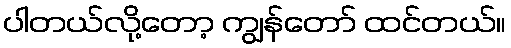
ပါတယ်လို့တော့ ကျွန်တော် ထင်တယ်။